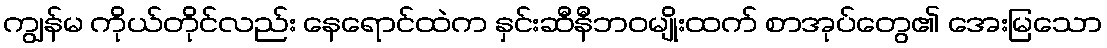
ကျွန်မ ကိုယ်တိုင်လည်း နေရောင်ထဲက နှင်းဆီနီဘဝမျိုးထက် စာအုပ်တွေ၏ အေးမြသော